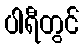
ပါရီတွင်